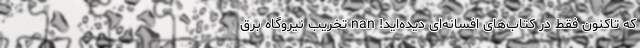
که تاکنون فقط در کتاب‌های افسانه‌ای دیده‌اید! nan تخریب نیروگاه برق